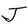
Character: J